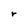
Character: r